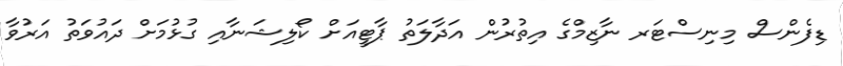
ޑިފެންސް މިނިސްޓަރ ނާޒިމްގެ އިތުރުން އަދާލަތު ޕާޓީއަށް ކޯލިޝަނާއި ގުޅުމަށް ދައުވަތު އަރުވާ